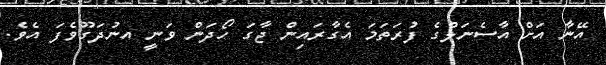
އޭނާ އަށް އާސެނަލްގެ ފުރަތަމަ އެގާރައިން ޖާގަ ހޯދަން ވަނީ އނުދަގޫވެފަ އެވެ.